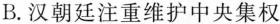
B.汉朝廷注重维护中央集权